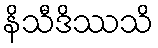
နိသီဒိဿသိ